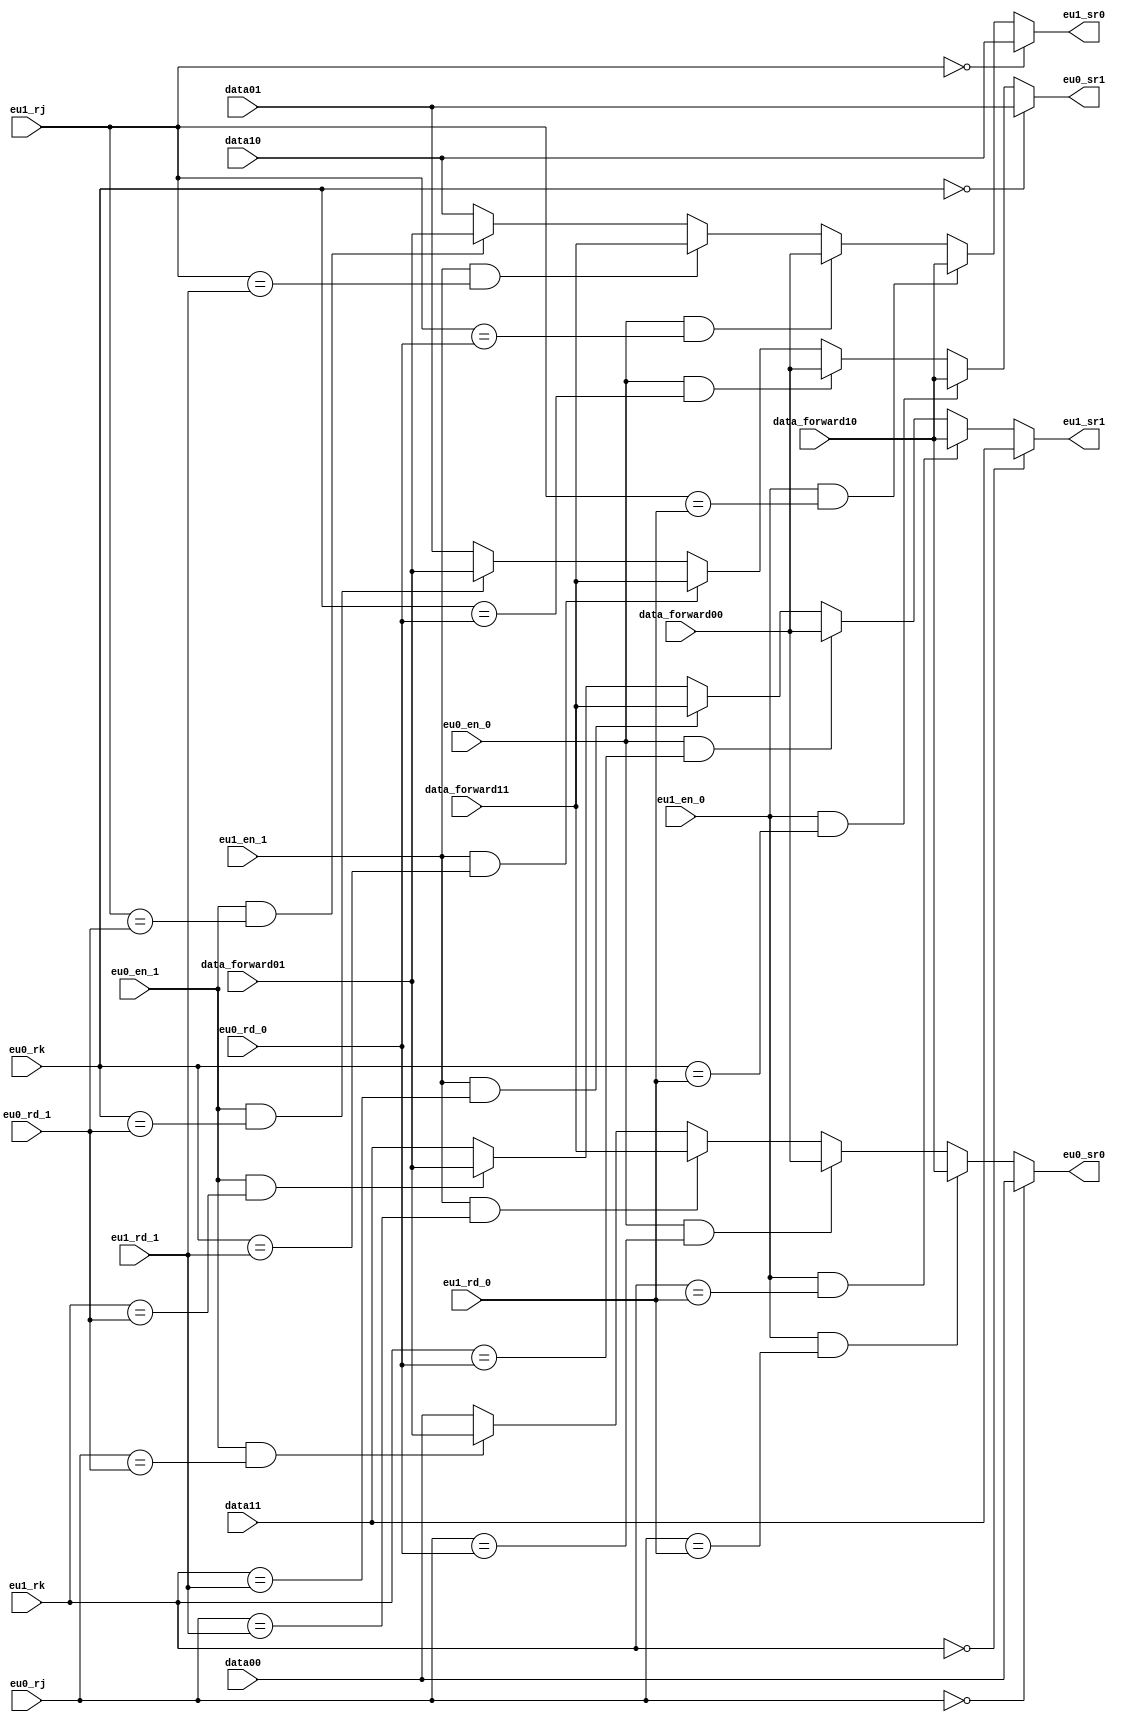
module forward(
    //从rf段后输入
    input [4:0]       eu0_rj,
    input [4:0]       eu0_rk,
    input [4:0]       eu1_rj,
    input [4:0]       eu1_rk,  
    input [31:0]      data00,
    input [31:0]      data01,
    input [31:0]      data10,
    input [31:0]      data11,
    //从exe1段后输入
    input [0:0]       eu0_en_0,
    input [0:0]       eu1_en_0,
    input [4:0]       eu0_rd_0,//接入第1段间寄存器的rd
    input [4:0]       eu1_rd_0,//接入第1段间寄存器的rd 
    input [31:0]      data_forward00, 
    input [31:0]      data_forward10,
    //从exe2段后输入
    input [0:0]       eu0_en_1,
    input [0:0]       eu1_en_1,
    input [4:0]       eu0_rd_1,//接入第2段间寄存器的rd
    input [4:0]       eu1_rd_1,//接入第2段间寄存器的rd
    input [31:0]      data_forward01,   
    input [31:0]      data_forward11,
    //向exe1段输出
    output reg [31:0] eu0_sr0,
    output reg [31:0] eu0_sr1,
    output reg [31:0] eu1_sr0,
    output reg [31:0] eu1_sr1
    
);

    always @(*) begin
        if(eu0_rj==0)begin
            eu0_sr0=data00;
        end else if(eu1_en_0&&eu0_rj==eu1_rd_0)begin
            eu0_sr0=data_forward10;
        end else if(eu0_en_0&&eu0_rj==eu0_rd_0)begin
            eu0_sr0=data_forward00;
        end else if (eu1_en_1&&eu0_rj==eu1_rd_1)begin
            eu0_sr0=data_forward11;
        end else if (eu0_en_1&&eu0_rj==eu0_rd_1)begin
            eu0_sr0=data_forward01;
        end else begin
            eu0_sr0=data00;
        end                      

        if(eu0_rk==0)begin
            eu0_sr1=data01;
        end else if(eu1_en_0&&eu0_rk==eu1_rd_0)begin
            eu0_sr1=data_forward10;
        end else if(eu0_en_0&&eu0_rk==eu0_rd_0)begin
            eu0_sr1=data_forward00;
        end else if (eu1_en_1&&eu0_rk==eu1_rd_1)begin
            eu0_sr1=data_forward11;
        end else if (eu0_en_1&&eu0_rk==eu0_rd_1)begin
            eu0_sr1=data_forward01;
        end else begin
            eu0_sr1=data01;
        end

        if(eu1_rj==0)begin
            eu1_sr0=data10;
        end else if(eu1_en_0&&eu1_rj==eu1_rd_0)begin
            eu1_sr0=data_forward10;
        end else if(eu0_en_0&&eu1_rj==eu0_rd_0)begin
            eu1_sr0=data_forward00;
        end else if (eu1_en_1&&eu1_rj==eu1_rd_1)begin
            eu1_sr0=data_forward11;
        end else if (eu0_en_1&&eu1_rj==eu0_rd_1)begin
            eu1_sr0=data_forward01;
        end  else begin
            eu1_sr0=data10;
        end

        if(eu1_rk==0)begin
            eu1_sr1=data11;
        end else if(eu1_en_0&&eu1_rk==eu1_rd_0)begin
            eu1_sr1=data_forward10;
        end else if(eu0_en_0&&eu1_rk==eu0_rd_0)begin
            eu1_sr1=data_forward00;
        end else if (eu1_en_1&&eu1_rk==eu1_rd_1)begin
            eu1_sr1=data_forward11;
        end else if (eu0_en_1&&eu1_rk==eu0_rd_1)begin
            eu1_sr1=data_forward01;
        end else begin
            eu1_sr1=data11;
        end
    end

endmodule